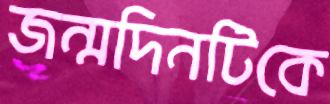
জন্মদিনটিকে